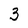
Character: 3